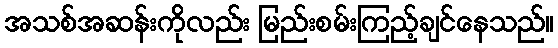
အသစ်အဆန်းကိုလည်း မြည်းစမ်းကြည့်ချင်နေသည်။